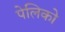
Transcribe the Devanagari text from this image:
पेलिको